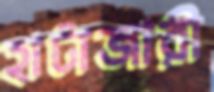
হাটাজারী